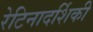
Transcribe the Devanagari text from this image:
रेटिनादर्शिकी